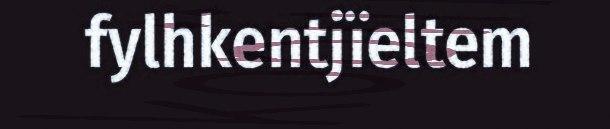
fylhkentjïeltem